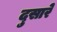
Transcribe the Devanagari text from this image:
दुसारे